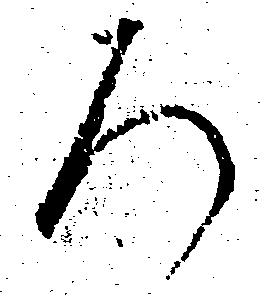
ろ